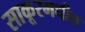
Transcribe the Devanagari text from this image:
साकूरमधील